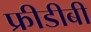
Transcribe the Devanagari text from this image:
फ्रीडीबी